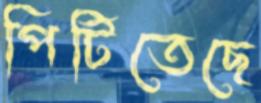
পিটিতেছে